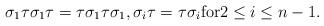
\begin{gather*} \sigma_1 \tau \sigma_1 \tau=\tau \sigma_1 \tau \sigma_1,\sigma_i \tau=\tau \sigma_i {\rm for} 2 \le i \le n-1.\end{gather*}